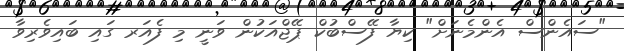
"ސައެންސް އެންމެނަށް" ކިޔާ ފޭސްބުކް ޕޭޖްއަކުން ވަނީ މި ފެއަރ ގައި ބައިވެރިވާ